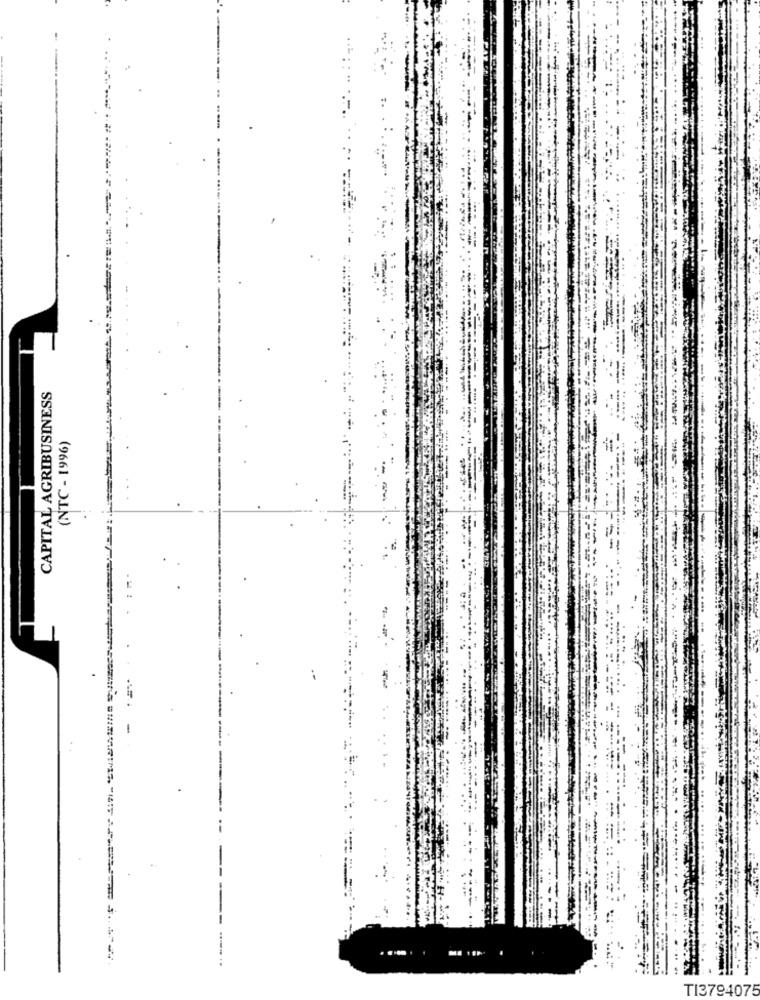
CAPITAL AGRIBUSINESS
(NTC - 1996)
-
TI3794075